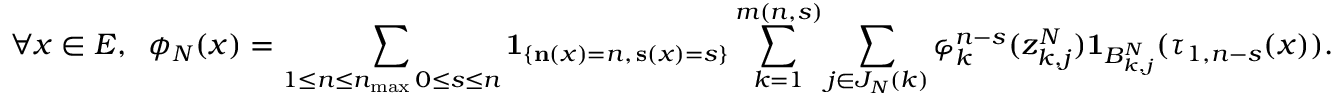
\forall x \in E , \; \; \phi _ { N } ( x ) = \sum _ { \substack { 1 \leq n \leq n _ { \operatorname* { m a x } } \, 0 \leq s \leq n } } \mathbf { 1 } _ { \left\{ \mathbf { n } ( x ) = n , \, \mathbf { s } ( x ) = s \right\} } \sum _ { k = 1 } ^ { m ( n , s ) } \sum _ { j \in J _ { N } ( k ) } \varphi _ { k } ^ { n - s } ( z _ { k , j } ^ { N } ) \mathbf { 1 } _ { B _ { k , j } ^ { N } } ( \tau _ { 1 , n - s } ( x ) ) .